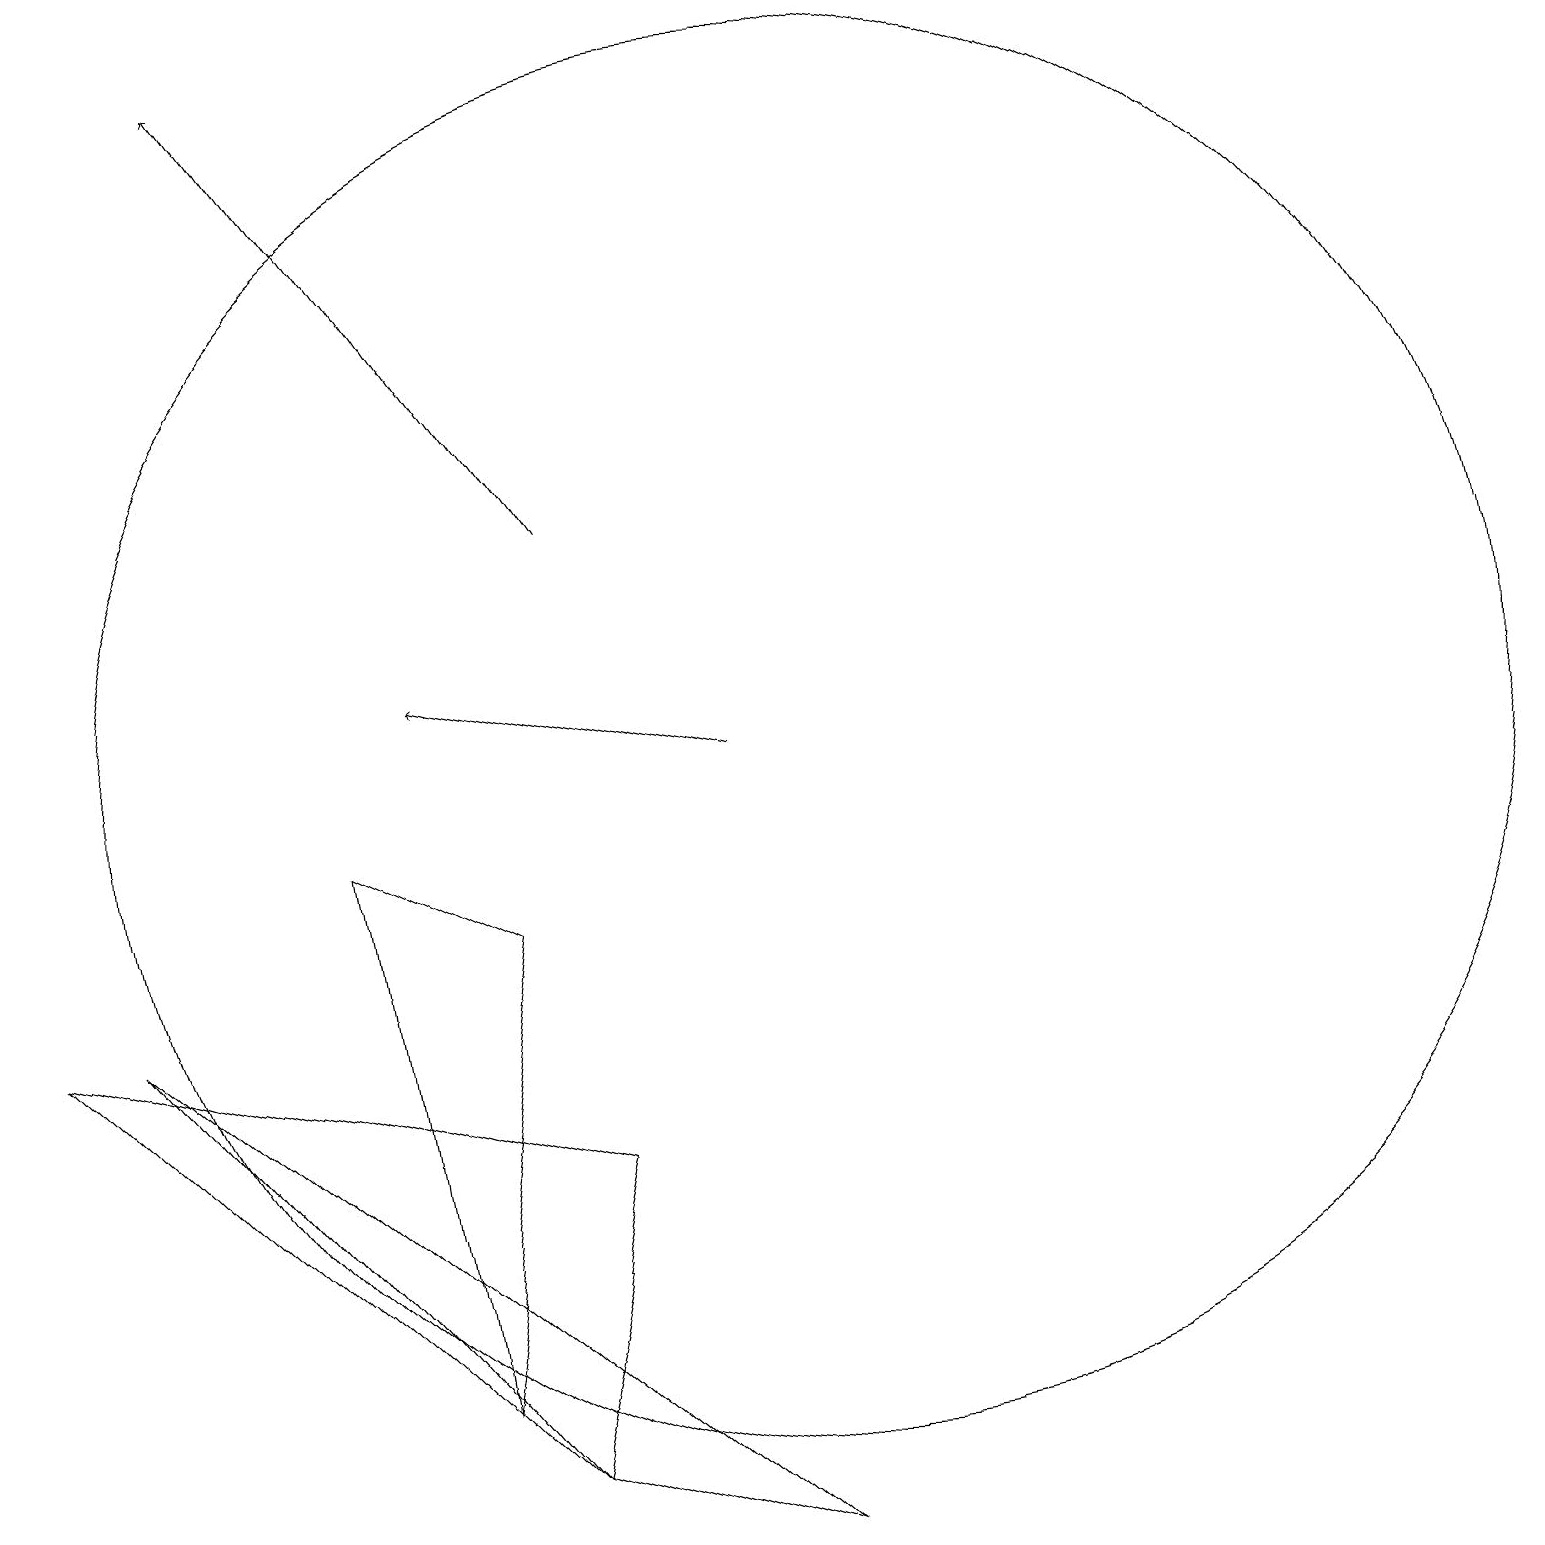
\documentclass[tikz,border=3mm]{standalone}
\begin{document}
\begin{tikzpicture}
\draw (11,11) circle (0);
\draw (6,8) -- (4,9) -- (5,2) -- cycle;
\draw (10,10) circle (9);
\draw (1,7) -- (6,1) -- (9,0) -- cycle;
\draw (6,1) -- (7,5) -- (0,7) -- cycle;
\draw[->] (7,13) -- (3,19);
\draw[->] (9,10) -- (5,11);
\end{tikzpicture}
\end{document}